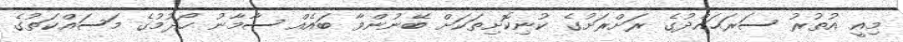
މިއީ އުތުރު ސަރަޙައްދުގެ ރަށްރަށުގެ ކުނިކޮށިތަކަށް ބޭނުންވާ ބައެއް ސާމާނު ހޯދުމުގެ މަސައްކަތުގެ